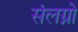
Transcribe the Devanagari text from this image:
संलग्नो